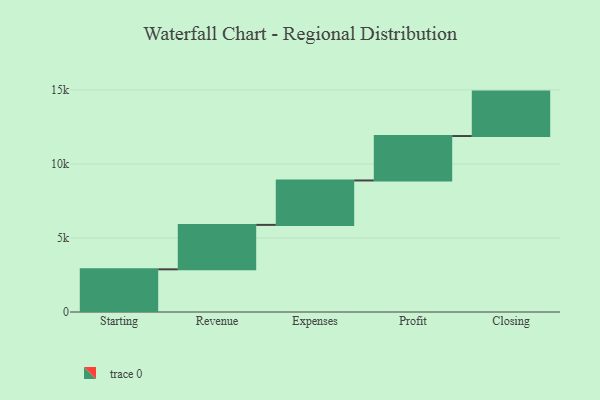
{"axis": {"x": "Step", "y": "Value"}, "legend": [""], "data": [{"x": "Starting", "y": 2882.0, "type": ""}, {"x": "Revenue", "y": 3000, "type": ""}, {"x": "Expenses", "y": 3000, "type": ""}, {"x": "Profit", "y": 3000, "type": ""}, {"x": "Closing", "y": 3000, "type": ""}]}